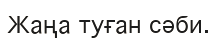
Жаңа туған сәби.